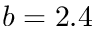
b = 2 . 4